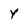
Character: Y